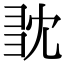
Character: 𢑝